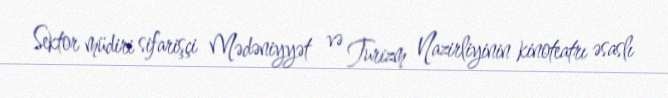
Sektor müdiri sifarişçi Mədəniyyət və Turizm Nazirliyinin kinoteatrı əsaslı